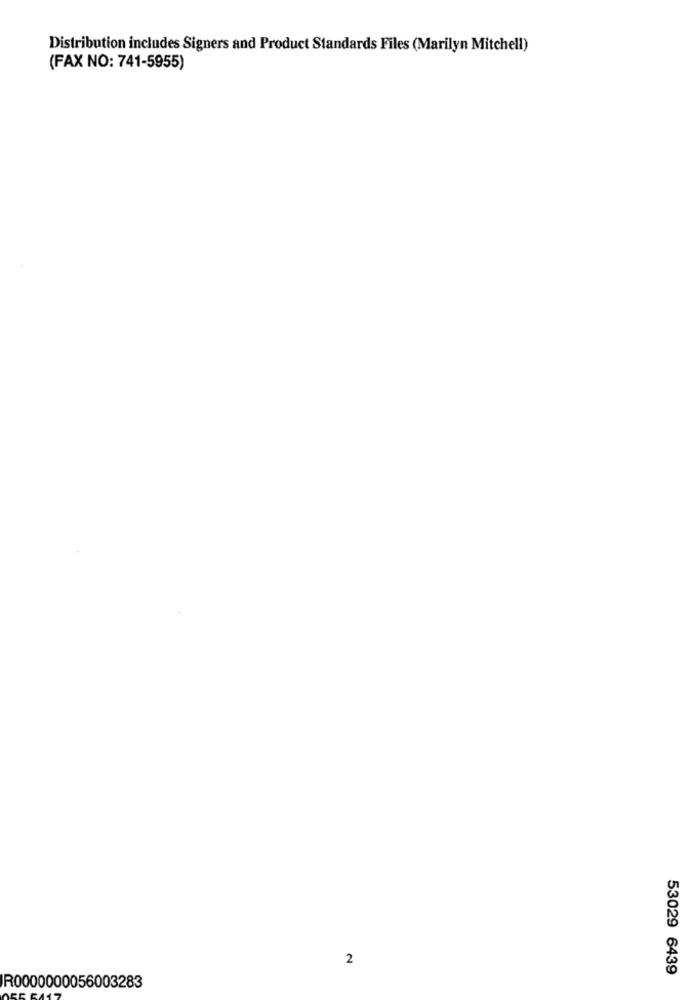
Distribution includes Signers and Product Standards Files (Marilyn Mitchell)
(FAX NO: 741-5955)
2
53029 6439
R0000000056003283